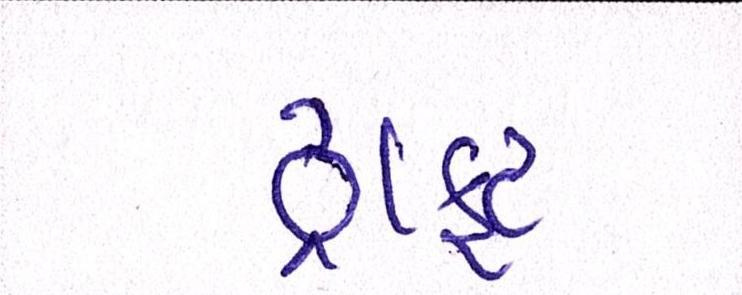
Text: ડ્રાફ્ટ